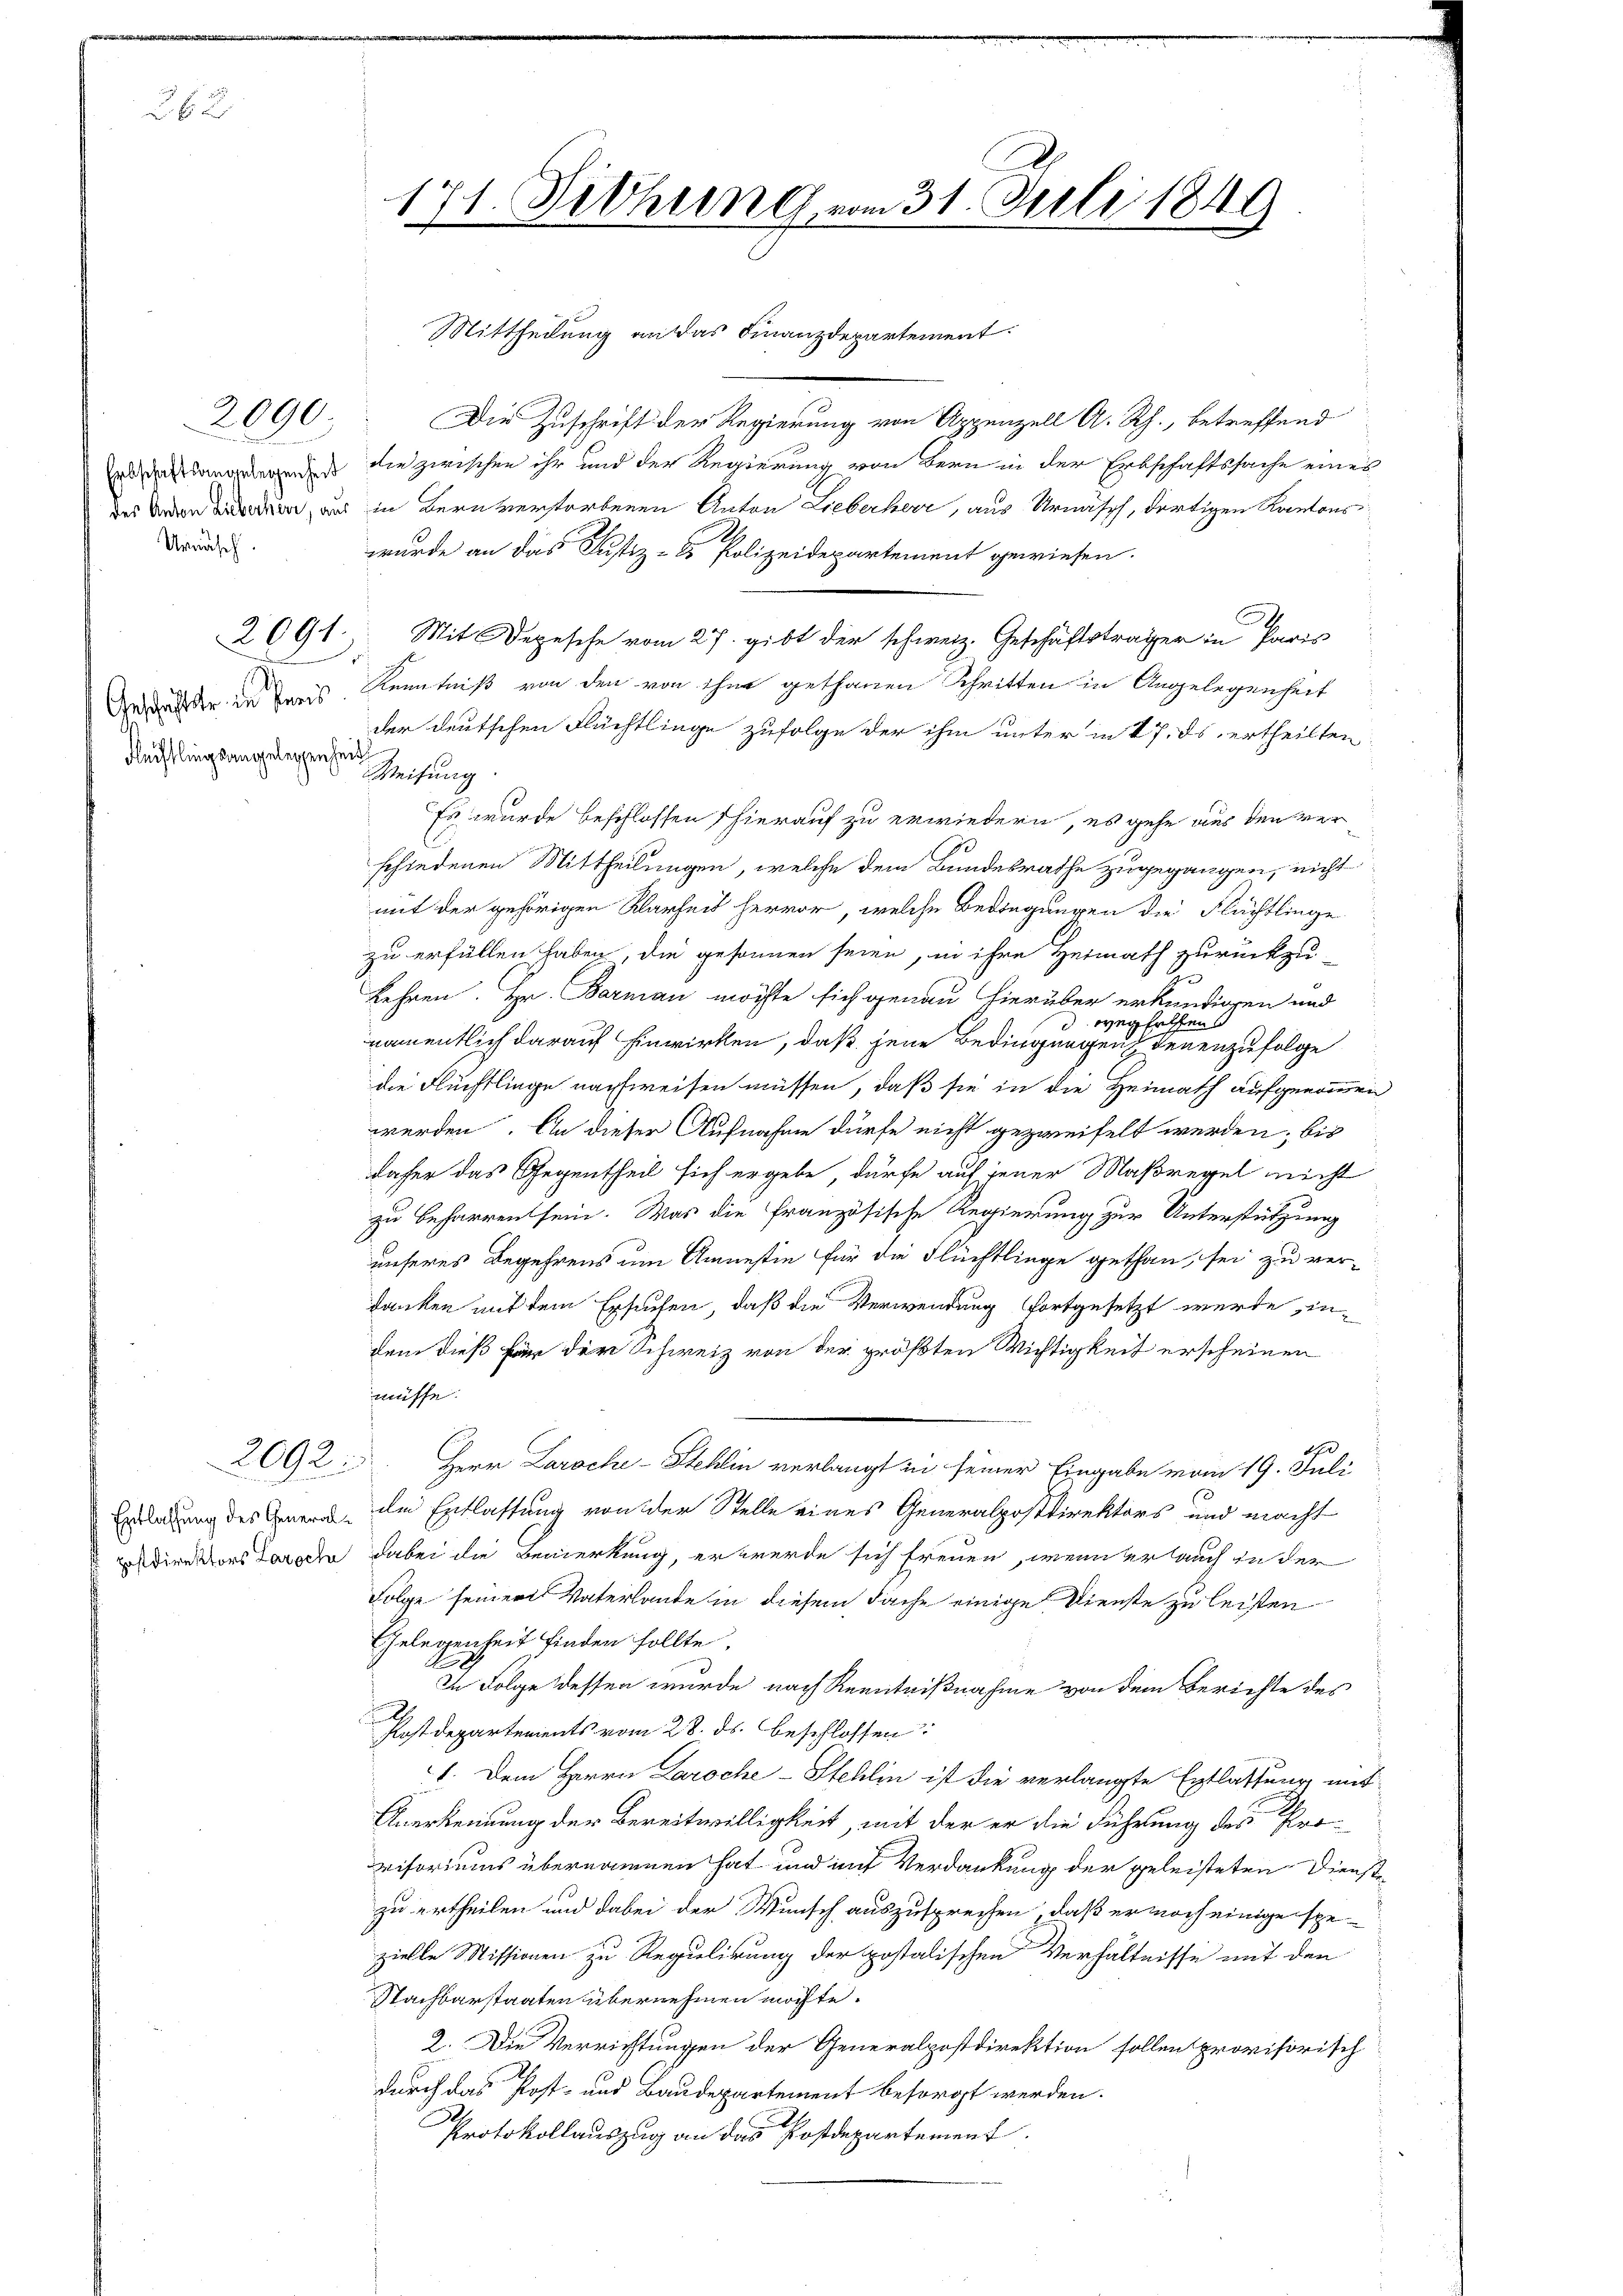
26 x

Urnasch.

2090

2094.

Geschäftster in Preis
Flechtlingsangelegenheit

2092

171. Fethung vom 31. Juli 1849

Mittheilung an das Finanzdepartement.
Die Zuschrift der Regierung von Appenzell A. Rh., betreffend
ad das langelegends die zwischen ihr und der Regierung von Bern in der Erbschaftssache eines
des der aus in Bern verstorbenen Anton Lieberherr, aus Urnasch, dortigen Kantonswurde an das Justiz- & Polizeidepartement gewiesen.
Mit Depesche vom 27. gibt der schweiz. Geschäftsträger in Paris
Kenntniß von den von ihm gethanen Schritten in Angelegenheit
der deutschen Flüchtlinge zufolge der ihm unter in 17. ds ertheilten
Weisung
Es wurde beschlossen (hierauf zu erwiedern, es gehe aus den verschiedenen Mittheilungen, welche dem Landesrathe zugegangen, nicht
mit der gehörigen Klarheit hervor, welche Bedingungen die Flächtlinge
zu erfüllen haben, die gesonnen seien, in ihre Heimath zurückzu-
kehren. Hr. Barman möchte sich genau hierüber erkundigen und
weghelfens
namentlich darauf hinwirken, daß jene Bedingungen denenzufolge
die Flüchtlinge nachweisen müssen, daß sie in die Heimath aufgenommen
werden. An dieser Aufnahme dürfe nicht gezweifelt werden, bis
daher das Gegentheil sich ergebe, dürfe auf jener Maßregel nicht
zu beharren sein. Was die Französische Regierung zur Unterstützung
unseres Begehrens um Amnestie für die Flüchtlinge gethan, sei zu verdanken mit dem Ersuchen, daß die Verwendung fortgesetzt werde, indem dieß für der Schweiz von der größten Wichtigkeit erscheinen
müsse.
470
Herr Laroche-Stehlin verlangt in seiner Eingabe vom 19. Juli
Erlegung des Genera dem Entlassung von der Stelle eines Generalpostdirektors und macht
dirners oder dabei die Bemerkung, er werde sich freuen, wenn er auch in der
Folge seiner Vaterlande in diesem Sache einige Dienste zu leisten
Gelegenheit finden sollte.
In Folge dessen wurde nach Kenntnißnahme von dem Berichte des
Postdepartements vom 28. ds. beschlossen:
1. Dem Herrn Laroche-Stehlin ist die verlangte Entlassung mit
Anerkennung der Bereitwilligkeit, mit der er die Führung des Provisoriums übernommen hat und mit Verdankung der geleisteten Dienstzu ertheilen und dabei der Wunsch auszusprechen, daß er noch einige spezielle Missionen zu Regulirung der postalischen Verhältnisse mit den
Nachbarstaaten übernehmen möchte.
2. Die Verrichtungen der Generalpostdirektion sollen provisorisch
durch das Post- und Baudepartement besorgt werden.
Protokollauszug an das Postdepartement